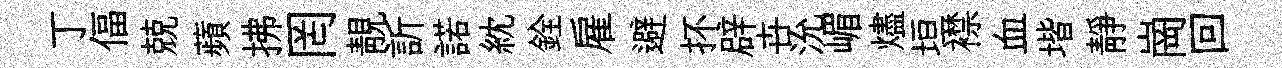
丁偪兢蘋拂罔靚訢諾紞銓雇避抔辟卋沇嵋燼垣襟血堦靜崗回